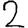
Digit: 2